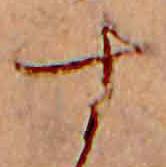
す